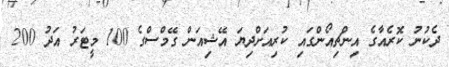
ދެކުނު ކޮރެއާގެ އިންޗިއޯންގައި ކުރިއަށްދިޔަ އޭޝިއަން ގޭމްސްގެ 100 މީޓަރު އަދު 200